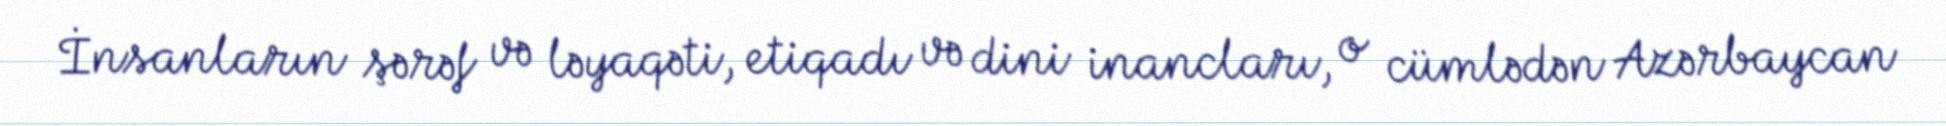
İnsanların şərəf və ləyaqəti, etiqadı və dini inancları, o cümlədən Azərbaycan